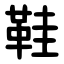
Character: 鞋